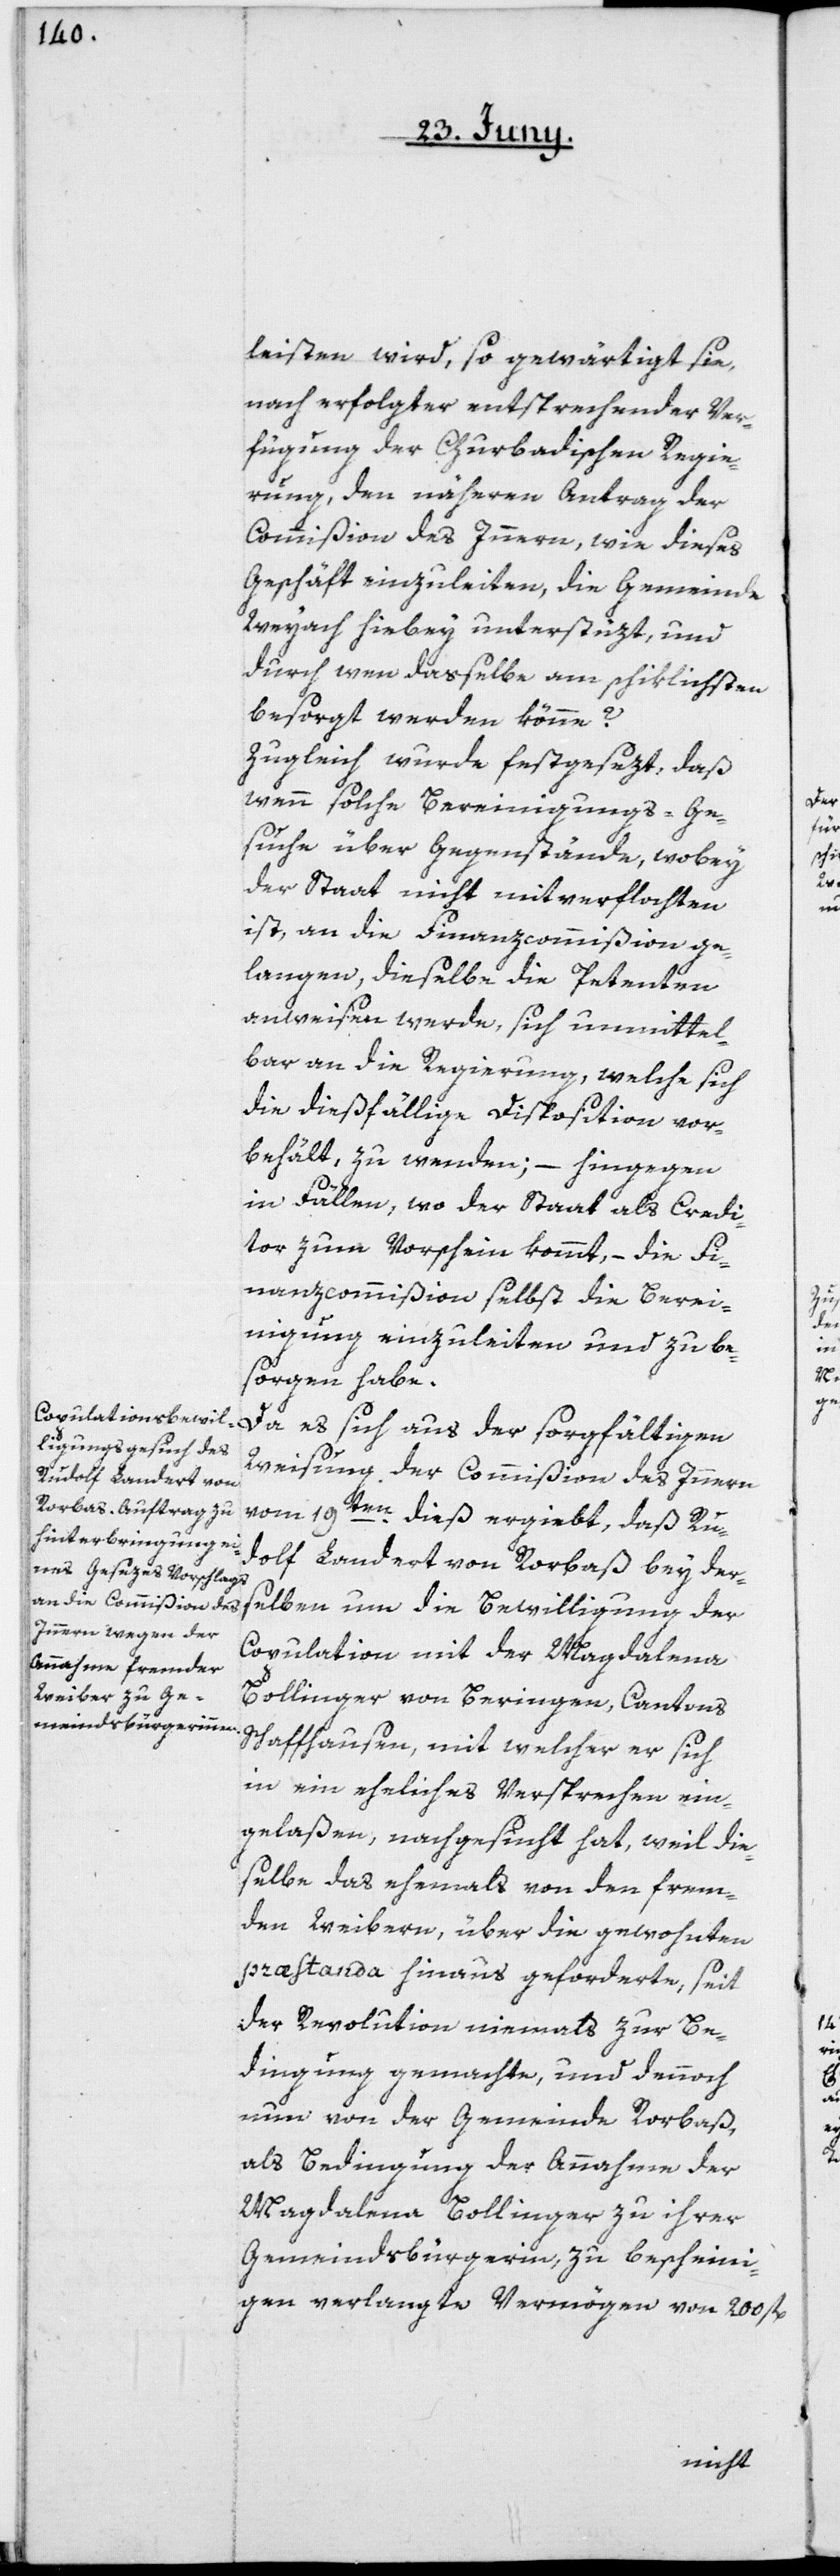
leisten wird, so gewärtigt sie,
nach erfolgter entsprechender Ver¬
fügung der Churbadischen Regie¬
rung, den näheren Antrag der
Commißion des Innern, wie dieses
Geschäft einzuleiten, die Gemeinde
Weyach hiebey unterstüzt, und
durch wen dasselbe am schiklichsten
besorgt werden könne?
Zugleich wurde festgesezt, daß
wenn solche Bereinigungs-Ge¬
suche über Gegenstände, wobey
der Staat nicht mitverflochten
ist, an die Finanzcommißion ge¬
langen, dieselbe die Petenten
anweisen werde, sich unmittel¬
bar an die Regierung, welche sich
die dießfällige Disposition vor¬
behält, zu wenden; – hingegen
in Fällen, wo der Staat als Credi¬
tor zum Vorschein kommt, – die Fi¬
nanzcommißion selbst die Berei¬
nigung einzuleiten und zu be¬
sorgen habe.
Weisung der Commißion des Innern
udolf Landert von
vom 19t¬
en dieß ergiebt, daß R¬
derselben um die Bewilligung der
Copulation mit der Magdalena
Bollinger von Beringen, Cantons
Schaffhausen, mit welcher er sich
in ein eheliches Versprechen ein¬
gelaßen, nachgesucht hat, weil die¬
selbe des ehemals von den frem¬
den Weibern, über die gewohnten
præstanda hinaus geforderte, seit
der Revolution niemals zur Be¬
dingung gemachte, und dennoch
nun von der Gemeinde Rorbaß,
als Bedingung der Annahme der
Magdalena Bollinger zu ihrer
Gemeindsbürgerin, zu bescheini¬
gen verlangte Vermögen von 200 fl.